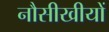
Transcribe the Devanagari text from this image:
नौसीखीयों